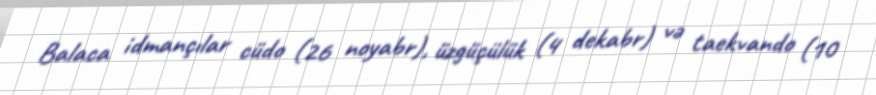
Balaca idmançılar cüdo (26 noyabr), üzgüçülük (4 dekabr) və taekvando (10